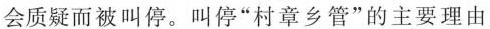
会质疑而被叫停。叫停”村章乡管”的主要理由